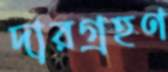
দারগ্রহণ